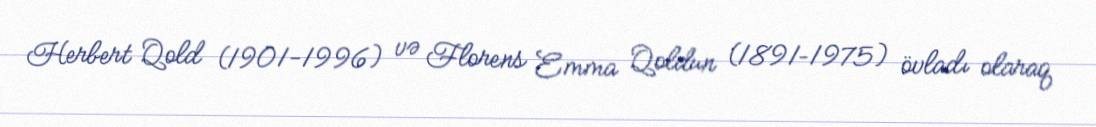
Herbert Qold (1901-1996) və Florens Emma Qoldun (1891–1975) övladı olaraq